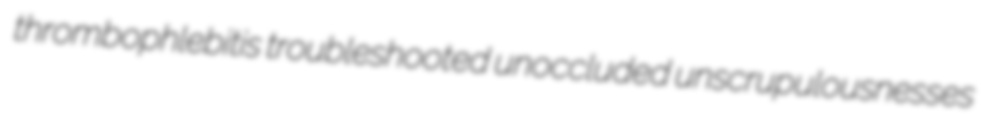
thrombophlebitis troubleshooted unoccluded unscrupulousnesses